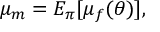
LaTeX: \mu _ { m } = E _ { \pi } [ \mu _ { f } ( \theta ) ] \, \! ,